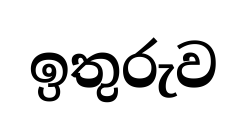
ඉතුරුව